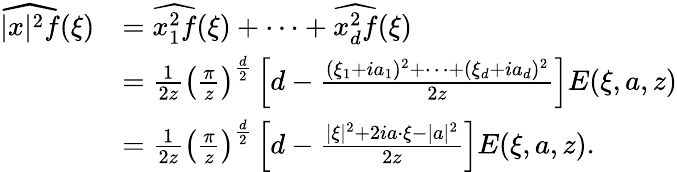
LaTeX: \begin{array}{rl}{\widehat{|x|^{2}f}(\xi)}&{=\widehat{x_{1}^{2}f}(\xi)+\dots+\widehat{x_{d}^{2}f}(\xi)}\\ &{=\frac{1}{2z}\left(\frac{\pi}{z}\right)^{\frac{d}{2}}\left[d-\frac{(\xi_{1}+ia_{1})^{2}+\dots+(\xi_{d}+ia_{d})^{2}}{2z}\right]E(\xi,a,z)}\\ &{=\frac{1}{2z}\left(\frac{\pi}{z}\right)^{\frac{d}{2}}\left[d-\frac{|\xi|^{2}+2ia\cdot\xi-|a|^{2}}{2z}\right]E(\xi,a,z).}\end{array}